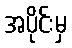
အပိုင်းမှ